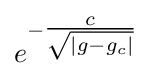
e^{-{\tfrac {c}{\sqrt {|g-g_{c}|}}}}